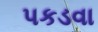
પકડવા